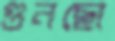
গুনছো